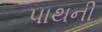
પાથની